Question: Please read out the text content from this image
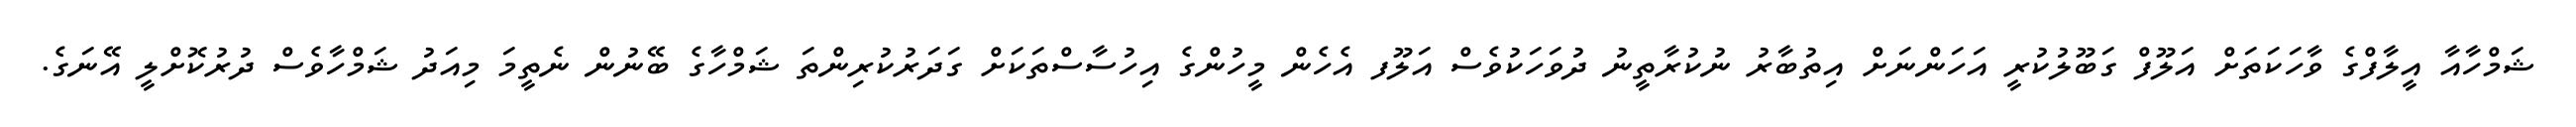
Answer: ޝަމްހާއާ އީލާފްގެ ވާހަކަތަށް އަލޫފް ގަބޫލުކުރީ އަހަންނަށް އިތުބާރު ނުކުރާތީނު ދުވަހަކުވެސް އަލޫފ އެހެން މީހުންގެ އިހުސާސްތަކަށް ގަދަރުކުރިންތަ ޝަމްހާގެ ބޭނުން ނެތީމަ މިއަދު ޝަމްހާވެސް ދުރުކޮށްލީ އޭނަގެ.